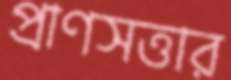
প্রাণসত্তার